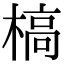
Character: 槁